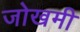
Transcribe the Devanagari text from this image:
जोखमी